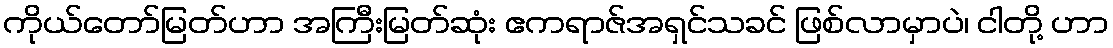
ကိုယ်တော်မြတ်ဟာ အကြီးမြတ်ဆုံး ဧကရာဇ်အရှင်သခင် ဖြစ်လာမှာပဲ၊ ငါတို့ ဟာ